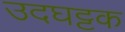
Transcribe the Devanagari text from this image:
उदघट्टक